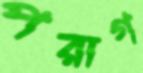
পরাগ